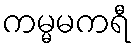
ကမ္မမကရီ